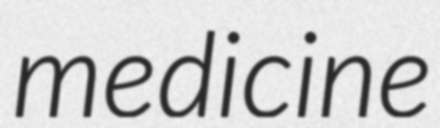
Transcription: medicine